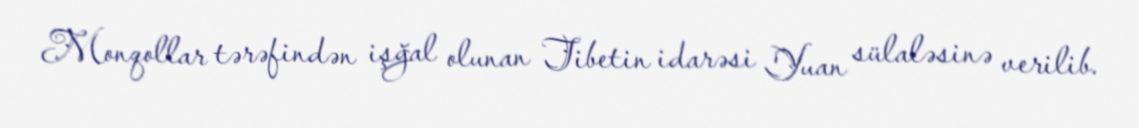
Monqollar tərəfindən işğal olunan Tibetin idarəsi Yuan sülaləsinə verilib.